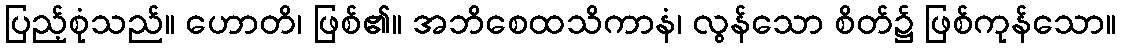
ပြည့်စုံသည်။ ဟောတိ၊ ဖြစ်၏။ အဘိစေထသိကာနံ၊ လွန်သော စိတ်၌ ဖြစ်ကုန်သော။